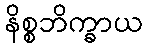
နိစ္စဘိက္ခာယ